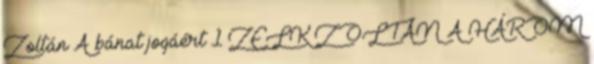
Zoltán A bánat jogáért 1 ZELK ZOLTÁN A HÁROM